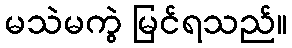
မသဲမကွဲ မြင်ရသည်။